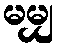
မမျှ